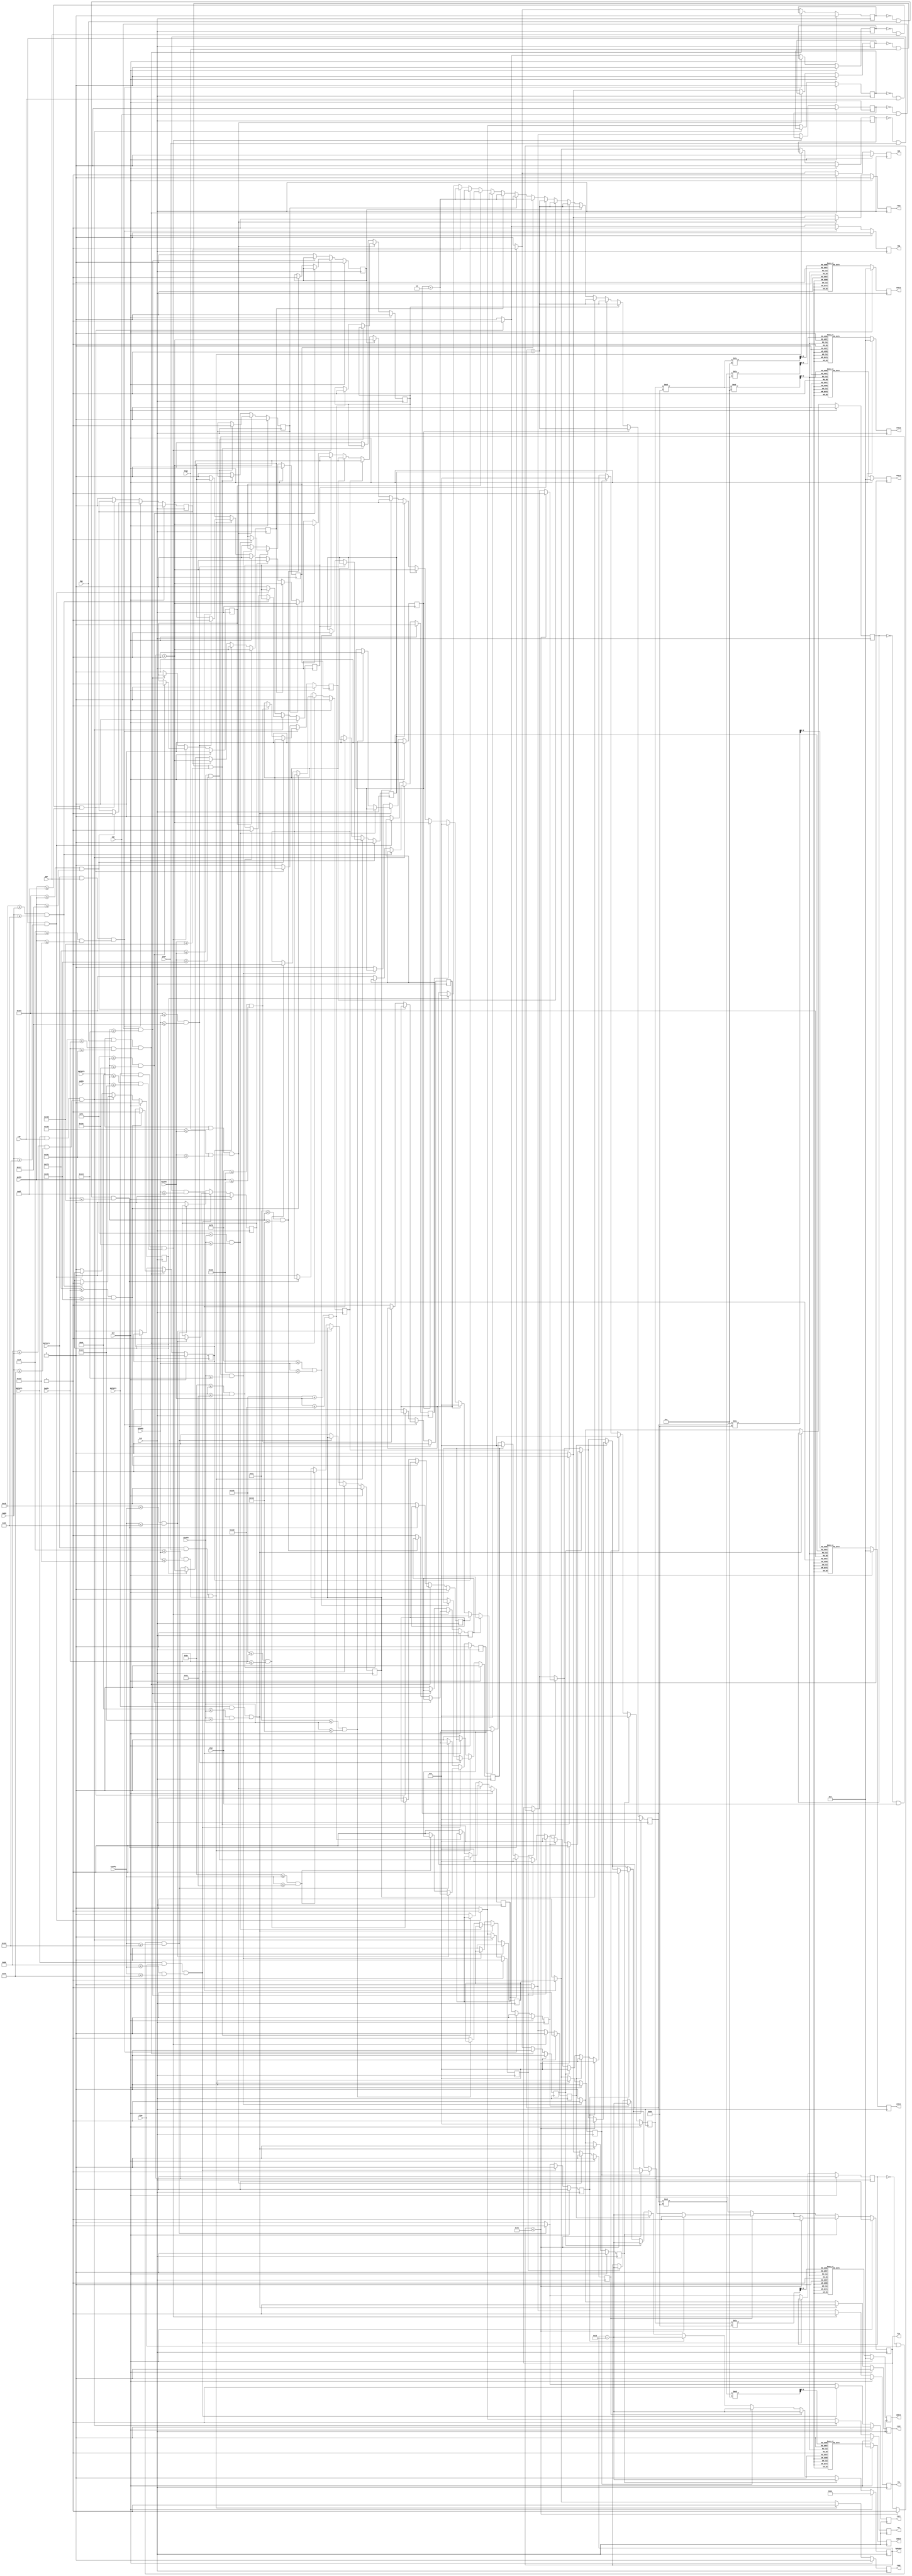
`timescale 1ns / 1ps
//////////////////////////////////////////////////////////////////////////////////
// Company: 
// Engineer: 
// 
// Design Name: 
// Module Name: game
// Project Name: 
// Target Devices: 
// Tool Versions: 
// Description: 
// 
// Dependencies: 
// 
// Revision:
// Revision 0.01 - File Created
// Additional Comments:
// 
//////////////////////////////////////////////////////////////////////////////////


module game(
    input               CLK,
    input               RST,
    input               BNTOUT1,
    input               BNTOUT2,
    input               BNTOUT3,
    input               BNTOUT4,
    input       [9:0]   raddy,
    input       [9:0]   gaddy,
    input       [9:0]   baddx,
    input       [9:0]   yaddx,
    input               rgo,
    input               ggo,
    input               bgo,
    input               ygo,
    output  reg         rmr,
    output  reg         rmg,
    output  reg         rmb,
    output  reg         rmy,
    input       [9:0]   r2addy,
    input       [9:0]   g2addy,
    input       [9:0]   b2addx,
    input       [9:0]   y2addx,
    input               r2go,
    input               g2go,
    input               b2go,
    input               y2go,
    output  reg         rmr2,
    output  reg         rmg2,
    output  reg         rmb2,
    output  reg         rmy2,
    output  reg [11:0]  adds1,
    output  reg [11:0]  adds2,
    output  reg [11:0]  adds3,
    output  reg [11:0]  addc1,
    output  reg [11:0]  addc2,
    output  reg [11:0]  addc3,
    output  reg [7:0]   hpboder,
    output  reg         fin
    );
    
    reg [9:0]   score, combo;
    
    //r g b y 
    reg     scorer1, scorer2, hpr;
    reg     scoreg1, scoreg2, hpg;
    reg     scoreb1, scoreb2, hpb;
    reg     scorey1, scorey2, hpy;
    reg     ishpr, ishpg, ishpb, ishpy;
    reg     ishprff, ishpgff, ishpbff, ishpyff;
    
    //r g b y2
    reg     scorer21, scorer22, hpr2;
    reg     scoreg21, scoreg22, hpg2;
    reg     scoreb21, scoreb22, hpb2;
    reg     scorey21, scorey22, hpy2;
    reg     ishpr2, ishpg2, ishpb2, ishpy2;
    reg     ishprff2, ishpgff2, ishpbff2, ishpyff2;
    
    wire [9:0]  pres1, pres2, pres3, prec1, prec2, prec3;
    wire [3:0]  s1, s2, s3, c1, c2, c3;

    assign      pres1 = score / 100;
    assign      pres2 = (score % 100) / 10;
    assign      pres3 = (score % 100) % 10;
    assign      prec1 = combo / 100;
    assign      prec2 = (combo % 100) / 10;
    assign      prec3 = (combo % 100) % 10;
    assign      s1    = pres1[3:0];
    assign      s2    = pres2[3:0];
    assign      s3    = pres3[3:0];
    assign      c1    = prec1[3:0];
    assign      c2    = prec2[3:0];
    assign      c3    = prec3[3:0];
    
    //red judge 12t[
    always @(posedge CLK) begin
        if(RST) begin
            scorer1 <= 0;
            scorer2 <= 0;
            hpr <= 0;
            rmr <= 0;
            ishpr <= 0;
            ishprff <= 0;
        end else begin
            if (BNTOUT1 && rgo && ((176 <= raddy) && (raddy <= 240))) begin
                if ((200 <= raddy) && (raddy <= 216)) begin
                    scorer1 <= 1;
                end else if ((190 <= raddy) && (raddy <= 226)) begin
                    scorer2 <= 1;
                end else begin
                    hpr <= 1;
                end
                rmr <= 1;
                ishpr <= 0;
            end else if (~ishprff && rgo && raddy >= 258) begin
                ishpr <= 1;
                rmr   <= 1;
                ishprff <= 1;
            end else begin
                rmr <= 0;
                scorer1 <= 0;
                scorer2 <= 0;
                hpr     <= 0;
                ishpr   <= 0;
                ishprff <= 0;
            end
        end
    end
    
     //green judge wire judgeg = (y == 274 || y == 282 || y == 266 || y == 290 || y == 270 || y == 286);
    always @(posedge CLK) begin
        if(RST) begin
            rmg <= 0;
            scoreg1 <= 0;
            scoreg2 <= 0;
            hpg     <= 0;
            ishpg   <= 0;
            ishpgff <= 0;
        end else begin
            if (BNTOUT4 && ggo && ((239 <= gaddy) && (gaddy <= 303))) begin
                if ((263 <= gaddy) && (gaddy <= 279)) begin
                    scoreg1 <= 1;
                end else if ((253 <= gaddy) && (gaddy <= 289)) begin
                    scoreg2 <= 1;
                end else begin
                    hpg <= 1;
                end
                rmg <= 1;
                ishpg <= 0;
            end else if (~ishpgff && ggo && gaddy <= 223) begin
                ishpg <= 1;
                rmg   <= 1;
                ishpgff <= 1;
            end else begin
                rmg <= 0;
                scoreg1 <= 0;
                scoreg2 <= 0;
                hpg     <= 0;
                ishpg   <= 0;
                ishpgff <= 0;
            end
        end
    end
    
     //blue judge wire judgeb = (x == 360 || x == 384 || x == 368 || x == 376 || x == 364 || x == 380);
    always @(posedge CLK) begin
        if(RST) begin
            rmb <= 0;
            scoreb1 <= 0;
            scoreb2 <= 0;
            hpb     <= 0;
            ishpb   <= 0;
            ishpbff <= 0;
        end else begin
            if (BNTOUT3 && bgo && ((347 <= baddx) && (baddx <= 401))) begin
                if ((371 <= baddx) && (baddx <= 387)) begin
                    scoreb1 <= 1;
                end else if ((361 <= baddx) && (baddx <= 397)) begin
                    scoreb2 <= 1;
                end else begin
                    hpb   <= 1;
                end
                rmb <= 1;
                ishpb <= 0;
            end else if (~ishpbff && bgo && baddx <= 317) begin
                ishpb <= 1;
                rmb   <= 1;
                ishpbff <= 1;
            end else begin
                rmb <= 0;
                scoreb1 <= 0;
                scoreb2 <= 0;
                hpb     <= 0;
                ishpb   <= 0;
                ishpbff <= 0;
            end
        end
    end
    
     //yellow judge wire judgey = (x == 257 || x == 281 || x == 265 || x == 273 || x == 261 || x == 277);
    always @(posedge CLK) begin
        if(RST) begin
            rmy <= 0;
            scorey1 <= 0;
            scorey2 <= 0;
            hpy     <= 0;
            ishpy   <= 0;
            ishpyff <= 0;
        end else begin
            if (BNTOUT2 && ygo && ((228 <= yaddx) && (yaddx <= 292))) begin
                if ((252 <= yaddx) && (yaddx <= 268)) begin
                    scorey1 <= 1;
                end else if ((242 <= yaddx) && (yaddx <= 278)) begin
                    scorey2 <= 1;
                end else begin
                    hpy <= 1;
                end
                rmy <= 1;
                ishpy <= 0;
            end else if (~ishpyff && ygo && yaddx >= 324) begin
                ishpy <= 1;
                rmy   <= 1;
                ishpyff <= 1;
            end else begin
                rmy <= 0;
                scorey1 <= 0;
                scorey2 <= 0;
                hpy     <= 0;
                ishpy   <= 0;
                ishpyff <= 0;
            end
        end
    end
    
    //red2 judge 12t[
    always @(posedge CLK) begin
        if(RST) begin
            scorer21 <= 0;
            scorer22 <= 0;
            hpr2 <= 0;
            rmr2 <= 0;
            ishpr2 <= 0;
            ishprff2 <= 0;
        end else begin
            if (BNTOUT1 && r2go && ((176 <= r2addy) && (r2addy <= 240))) begin
                if ((200 <= r2addy) && (r2addy <= 216)) begin
                    scorer21 <= 1;
                end else if ((190 <= r2addy) && (r2addy <= 226)) begin
                    scorer22 <= 1;
                end else begin
                    hpr2 <= 1;
                end
                rmr2 <= 1;
                ishpr2 <= 0;
            end else if (~ishprff2 && r2go && r2addy >= 258) begin
                ishpr2 <= 1;
                rmr2   <= 1;
                ishprff2 <= 1;
            end else begin
                rmr2 <= 0;
                scorer21 <= 0;
                scorer22 <= 0;
                hpr2     <= 0;
                ishpr2   <= 0;
                ishprff2 <= 0;
            end
        end
    end
    
     //green2 judge wire judgeg = (y == 274 || y == 282 || y == 266 || y == 290 || y == 270 || y == 286);
    always @(posedge CLK) begin
        if(RST) begin
            rmg2 <= 0;
            scoreg21 <= 0;
            scoreg22 <= 0;
            hpg2     <= 0;
            ishpg2   <= 0;
            ishpgff2 <= 0;
        end else begin
            if (BNTOUT4 && g2go && ((239 <= g2addy) && (g2addy <= 303))) begin
                if ((263 <= g2addy) && (g2addy <= 279)) begin
                    scoreg21 <= 1;
                end else if ((253 <= g2addy) && (g2addy <= 289)) begin
                    scoreg22 <= 1;
                end else begin
                    hpg2 <= 1;
                end
                rmg2 <= 1;
                ishpg2 <= 0;
            end else if (~ishpgff2 && g2go && g2addy <= 223) begin
                ishpg2 <= 1;
                rmg2   <= 1;
                ishpgff2 <= 1;
            end else begin
                rmg2 <= 0;
                scoreg21 <= 0;
                scoreg22 <= 0;
                hpg2     <= 0;
                ishpg2   <= 0;
                ishpgff2 <= 0;
            end
        end
    end
    
     //blue2 judge wire judgeb = (x == 360 || x == 384 || x == 368 || x == 376 || x == 364 || x == 380);
    always @(posedge CLK) begin
        if(RST) begin
            rmb2 <= 0;
            scoreb21 <= 0;
            scoreb22 <= 0;
            hpb2     <= 0;
            ishpb2   <= 0;
            ishpbff2 <= 0;
        end else begin
            if (BNTOUT3 && b2go && ((347 <= b2addx) && (b2addx <= 401))) begin
                if ((371 <= b2addx) && (b2addx <= 387)) begin
                    scoreb21 <= 1;
                end else if ((361 <= b2addx) && (b2addx <= 397)) begin
                    scoreb22 <= 1;
                end else begin
                    hpb2   <= 1;
                end
                rmb2 <= 1;
                ishpb2 <= 0;
            end else if (~ishpbff2 && b2go && b2addx <= 317) begin
                ishpb2 <= 1;
                rmb2   <= 1;
                ishpbff2 <= 1;
            end else begin
                rmb2 <= 0;
                scoreb21 <= 0;
                scoreb22 <= 0;
                hpb2     <= 0;
                ishpb2   <= 0;
                ishpbff2 <= 0;
            end
        end
    end
    
     //yellow2 judge wire judgey = (x == 257 || x == 281 || x == 265 || x == 273 || x == 261 || x == 277);
    always @(posedge CLK) begin
        if(RST) begin
            rmy2 <= 0;
            scorey21 <= 0;
            scorey22 <= 0;
            hpy2     <= 0;
            ishpy2   <= 0;
            ishpyff2 <= 0;
        end else begin
            if (BNTOUT2 && y2go && ((228 <= y2addx) && (y2addx <= 292))) begin
                if ((252 <= y2addx) && (y2addx <= 268)) begin
                    scorey21 <= 1;
                end else if ((242 <= y2addx) && (y2addx <= 278)) begin
                    scorey22 <= 1;
                end else begin
                    hpy2 <= 1;
                end
                rmy2 <= 1;
                ishpy2 <= 0;
            end else if (~ishpyff2 && y2go && y2addx >= 324) begin
                ishpy2 <= 1;
                rmy2   <= 1;
                ishpyff2 <= 1;
            end else begin
                rmy2 <= 0;
                scorey21 <= 0;
                scorey22 <= 0;
                hpy2     <= 0;
                ishpy2   <= 0;
                ishpyff2 <= 0;
            end
        end
    end
    
    // score combo hp
//   wire get2 = (scorer1 || scoreg1 || scoreb1 || scorey1 || scorer21 || scoreg21 || scoreb21 || scorey21);
//   wire get1 = (scorer2 || scoreg2 || scoreb2 || scorey2 || scorer22 || scoreg22 || scoreb22 || scorey22);
//   wire get0 = (hpr || hpg || hpb || hpy || hpr2 || hpg2 || hpb2 || hpy2);
//   wire get  = (ishpr || ishpg || ishpb || ishpy || ishpr2 || ishpg2 || ishpb2 || ishpy2);
    always @(posedge CLK) begin
        if (RST) begin
            score <= 10'd0;
            combo <= 10'd0;
            hpboder <= 8'd238;
            fin     <= 0;
        end else begin
            if (scorer1) begin
                score <= score + 2;
                combo <= combo + 1;
            end
            if (scoreg1) begin
                score <= score + 2;
                combo <= combo + 1;
            end
            if (scoreb1) begin
                score <= score + 2;
                combo <= combo + 1;
            end
            if (scorey1) begin
                score <= score + 2;
                combo <= combo + 1;
            end
            if (scorer21) begin
                score <= score + 2;
                combo <= combo + 1;
            end
            if (scoreg21) begin
                score <= score + 2;
                combo <= combo + 1;
            end
            if (scoreb21) begin
                score <= score + 2;
                combo <= combo + 1;
            end
            if (scorey21) begin
                score <= score + 2;
                combo <= combo + 1;
            end
            if (scorer2) begin
                score <= score + 1;
                combo <= combo + 1;
            end
            if (scoreg2) begin
                score <= score + 1;
                combo <= combo + 1;
            end
            if (scoreb2) begin
                score <= score + 1;
                combo <= combo + 1;
            end
            if (scorey2) begin
                score <= score + 1;
                combo <= combo + 1;
            end
            if (scorer22) begin
                score <= score + 1;
                combo <= combo + 1;
            end
            if (scoreg22) begin
                score <= score + 1;
                combo <= combo + 1;
            end
            if (scoreb22) begin
                score <= score + 1;
                combo <= combo + 1;
            end
            if (scorey22) begin
                score <= score + 1;
                combo <= combo + 1;
            end
            if (hpr) begin
                combo <= 0;
            end
            if (hpg) begin
                combo <= 0;
            end
            if (hpb) begin
                combo <= 0;
            end
            if (hpy) begin
                combo <= 0;
            end
            if (hpr2) begin
                combo <= 0;
            end
            if (hpg2) begin
                combo <= 0;
            end
            if (hpb2) begin
                combo <= 0;
            end
            if (hpy2) begin
                combo <= 0;
            end
            if (ishpr) begin
                combo <= 0;
                hpboder <= hpboder - 19;
                if (hpboder <= 67)
                    fin <= 1;
            end
            if (ishpg) begin
                combo <= 0;
                hpboder <= hpboder - 19;
                if (hpboder <= 67)
                    fin <= 1;
            end
            if (ishpb) begin
                combo <= 0;
                hpboder <= hpboder - 19;
                if (hpboder <= 67)
                    fin <= 1;
            end
            if (ishpy) begin
                combo <= 0;
                hpboder <= hpboder - 19;
                if (hpboder <= 67)
                    fin <= 1;
            end
            if (ishpr2) begin
                combo <= 0;
                hpboder <= hpboder - 19;
                if (hpboder <= 67)
                    fin <= 1;
            end
            if (ishpg2) begin
                combo <= 0;
                hpboder <= hpboder - 19;
                if (hpboder <= 67)
                    fin <= 1;
            end
            if (ishpb2) begin
                combo <= 0;
                hpboder <= hpboder - 19;
                if (hpboder <= 67)
                    fin <= 1;
            end
            if (ishpy2) begin
                combo <= 0;
                hpboder <= hpboder - 19;
                if (hpboder <= 67)
                    fin <= 1;
            end
        end
    end
    
    always @(posedge CLK) begin
        if(RST)
            adds1 <= 12'd0;
        else begin
            case(s1)
            4'd0 : adds1 <= 12'd0;
            4'd1 : adds1 <= 12'd340;
            4'd2 : adds1 <= 12'd680;
            4'd3 : adds1 <= 12'd1020;
            4'd4 : adds1 <= 12'd1360;
            4'd5 : adds1 <= 12'd1700;
            4'd6 : adds1 <= 12'd2040;
            4'd7 : adds1 <= 12'd2380;
            4'd8 : adds1 <= 12'd2720;
            4'd9 : adds1 <= 12'd3060;
            default: adds1 <= 12'd0;
            endcase
        end
    end
    always @(posedge CLK) begin
        if(RST)
            adds2 <= 12'd0;
        else begin
            case(s2)
            4'd0 : adds2 <= 12'd0;
            4'd1 : adds2 <= 12'd340;
            4'd2 : adds2 <= 12'd680;
            4'd3 : adds2 <= 12'd1020;
            4'd4 : adds2 <= 12'd1360;
            4'd5 : adds2 <= 12'd1700;
            4'd6 : adds2 <= 12'd2040;
            4'd7 : adds2 <= 12'd2380;
            4'd8 : adds2 <= 12'd2720;
            4'd9 : adds2 <= 12'd3060;
            default: adds2 <= 12'd0;
            endcase
        end
    end
    always @(posedge CLK) begin
        if(RST)
            adds3 <= 12'd0;
        else begin
            case(s3)
            4'd0 : adds3 <= 12'd0;
            4'd1 : adds3 <= 12'd340;
            4'd2 : adds3 <= 12'd680;
            4'd3 : adds3 <= 12'd1020;
            4'd4 : adds3 <= 12'd1360;
            4'd5 : adds3 <= 12'd1700;
            4'd6 : adds3 <= 12'd2040;
            4'd7 : adds3 <= 12'd2380;
            4'd8 : adds3 <= 12'd2720;
            4'd9 : adds3 <= 12'd3060;
            default: adds3 <= 12'd0;
            endcase
        end
    end
    always @(posedge CLK) begin
        if(RST)
            addc1 <= 12'd0;
        else begin
            case(c1)
            4'd0 : addc1 <= 12'd0;
            4'd1 : addc1 <= 12'd340;
            4'd2 : addc1 <= 12'd680;
            4'd3 : addc1 <= 12'd1020;
            4'd4 : addc1 <= 12'd1360;
            4'd5 : addc1 <= 12'd1700;
            4'd6 : addc1 <= 12'd2040;
            4'd7 : addc1 <= 12'd2380;
            4'd8 : addc1 <= 12'd2720;
            4'd9 : addc1 <= 12'd3060;
            default: addc1 <= 12'd0;
            endcase
        end
    end
    always @(posedge CLK) begin
        if(RST)
            addc2 <= 12'd0;
        else begin
            case(c2)
            4'd0 : addc2 <= 12'd0;
            4'd1 : addc2 <= 12'd340;
            4'd2 : addc2 <= 12'd680;
            4'd3 : addc2 <= 12'd1020;
            4'd4 : addc2 <= 12'd1360;
            4'd5 : addc2 <= 12'd1700;
            4'd6 : addc2 <= 12'd2040;
            4'd7 : addc2 <= 12'd2380;
            4'd8 : addc2 <= 12'd2720;
            4'd9 : addc2 <= 12'd3060;
            default: addc2 <= 12'd0;
            endcase
        end
    end
    always @(posedge CLK) begin
        if(RST)
            addc3 <= 12'd0;
        else begin
            case(c3)
            4'd0 : addc3 <= 12'd0;
            4'd1 : addc3 <= 12'd340;
            4'd2 : addc3 <= 12'd680;
            4'd3 : addc3 <= 12'd1020;
            4'd4 : addc3 <= 12'd1360;
            4'd5 : addc3 <= 12'd1700;
            4'd6 : addc3 <= 12'd2040;
            4'd7 : addc3 <= 12'd2380;
            4'd8 : addc3 <= 12'd2720;
            4'd9 : addc3 <= 12'd3060;
            default: addc3 <= 12'd0;
            endcase
        end
    end
    
endmodule